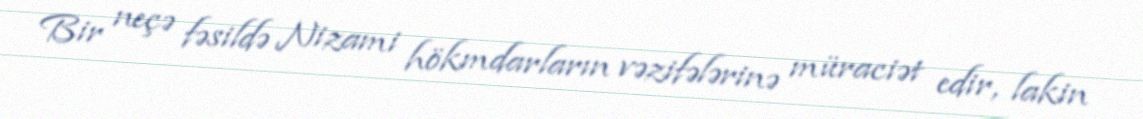
Bir neçə fəsildə Nizami hökmdarların vəzifələrinə müraciət edir, lakin